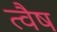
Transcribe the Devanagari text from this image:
त्वैष